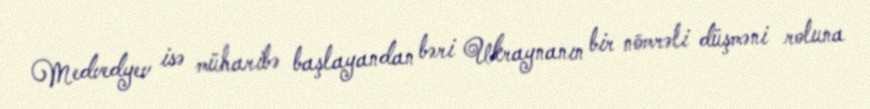
Medvedyev isə müharibə başlayandan bəri Ukraynanın bir nömrəli düşməni roluna